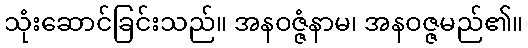
သုံးဆောင်ခြင်းသည်။ အနဝဇ္ဇံနာမ၊ အနဝဇ္ဇမည်၏။